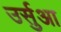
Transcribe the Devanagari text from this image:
उर्सुआ